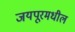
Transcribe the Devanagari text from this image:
जयपूरमधील